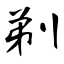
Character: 剃